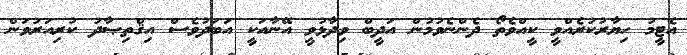
އެޓީމު ހިޔާރުކުރެއްވީ ކީއްވެތޯ ދެންނެވުމުން އަދީބް ވިދާޅުވީ އޭނާއަކީ އަބަދުވެސް އިޤްތިޞާދު ކުރިއަރުވަން